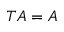
T A = A